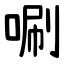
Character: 唰